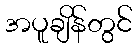
အပူချိန်တွင်